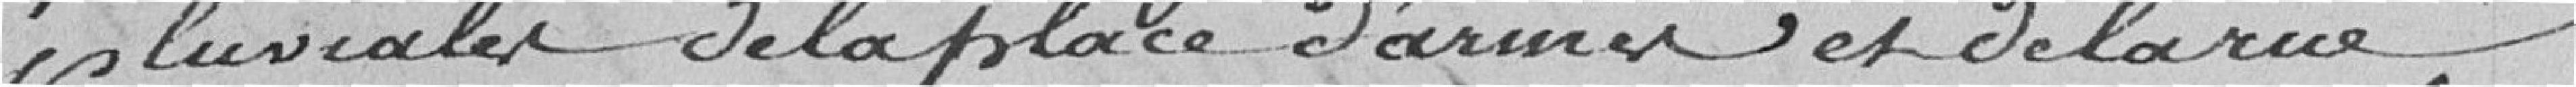
pluviales de la place d'armes et de la rue